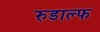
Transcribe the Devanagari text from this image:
रुडाल्फ